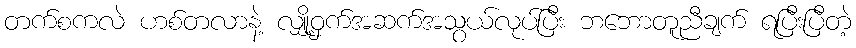
တက်စကလဲ ဟစ်တလာနဲ့ လျှို့ဝှက်အဆက်အသွယ်လုပ်ပြီး ဘဘောတူညီချက် ရပြီးပြီတဲ့